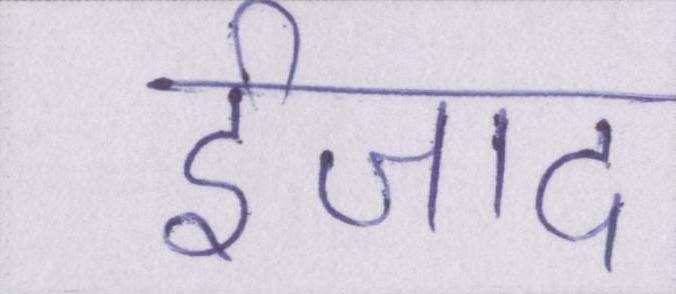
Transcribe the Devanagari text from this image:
ईजाद